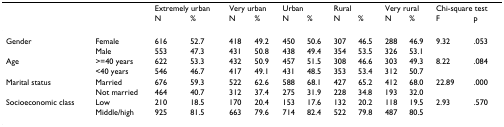
|  |  | <COLSPAN=2> Extremely urban | <COLSPAN=2> Very urban | <COLSPAN=2> Urban | <COLSPAN=2> Rural | <COLSPAN=2> Very rural | <COLSPAN=2> Chi-square test |
 |  |  | N | % | N | % | N | % | N | % | N | % | F | p |
 | --- | --- | --- | --- | --- | --- | --- | --- | --- | --- | --- | --- | --- | --- |
 | Gender | Female | 616 | 52.7 | 418 | 49.2 | 450 | 50.6 | 307 | 46.5 | 288 | 46.9 | 9.32 | .053 |
 |  | Male | 553 | 47.3 | 431 | 50.8 | 438 | 49.4 | 354 | 53.5 | 326 | 53.1 |  |  |
 | Age | >=40 years | 622 | 53.3 | 432 | 50.9 | 457 | 51.5 | 308 | 46.6 | 303 | 49.3 | 8.22 | .084 |
 |  | <40 years | 546 | 46.7 | 417 | 49.1 | 431 | 48.5 | 353 | 53.4 | 312 | 50.7 |  |  |
 | Marital status | Married | 676 | 59.3 | 522 | 62.6 | 588 | 68.1 | 427 | 65.2 | 412 | 68.0 | 22.89 | .000 |
 |  | Not married | 464 | 40.7 | 312 | 37.4 | 275 | 31.9 | 228 | 34.8 | 193 | 32.0 |  |  |
 | Socioeconomic class | Low | 210 | 18.5 | 170 | 20.4 | 153 | 17.6 | 132 | 20.2 | 118 | 19.5 | 2.93 | .570 |
 |  | Middle/high | 925 | 81.5 | 663 | 79.6 | 714 | 82.4 | 522 | 79.8 | 487 | 80.5 |  |  |